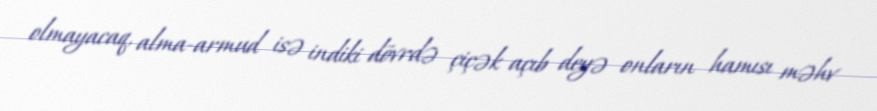
olmayacaq, alma-armud isə indiki dövrdə çiçək açıb deyə onların hamısı məhv